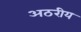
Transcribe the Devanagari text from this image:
अठरीय